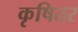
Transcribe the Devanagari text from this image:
कृषितर